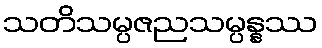
သတိသမ္ပဇညသမ္ပန္နဿ